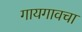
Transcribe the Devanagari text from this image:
गायगावचा